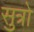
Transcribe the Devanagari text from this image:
सुत्रो